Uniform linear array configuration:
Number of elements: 8
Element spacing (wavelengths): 0.25
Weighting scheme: hann
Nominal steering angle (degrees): -30
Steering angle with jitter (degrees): -28.224
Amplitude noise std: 0.05
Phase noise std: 0.05

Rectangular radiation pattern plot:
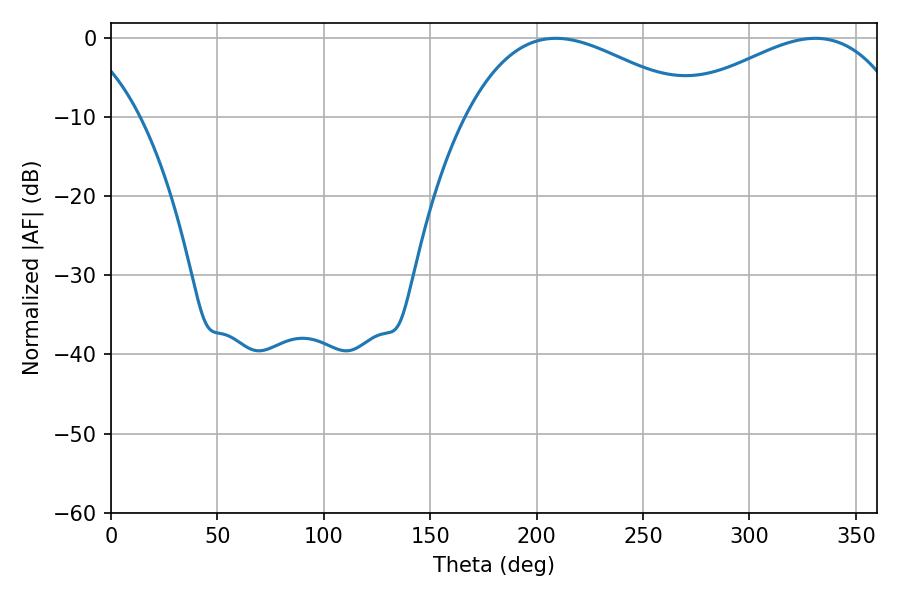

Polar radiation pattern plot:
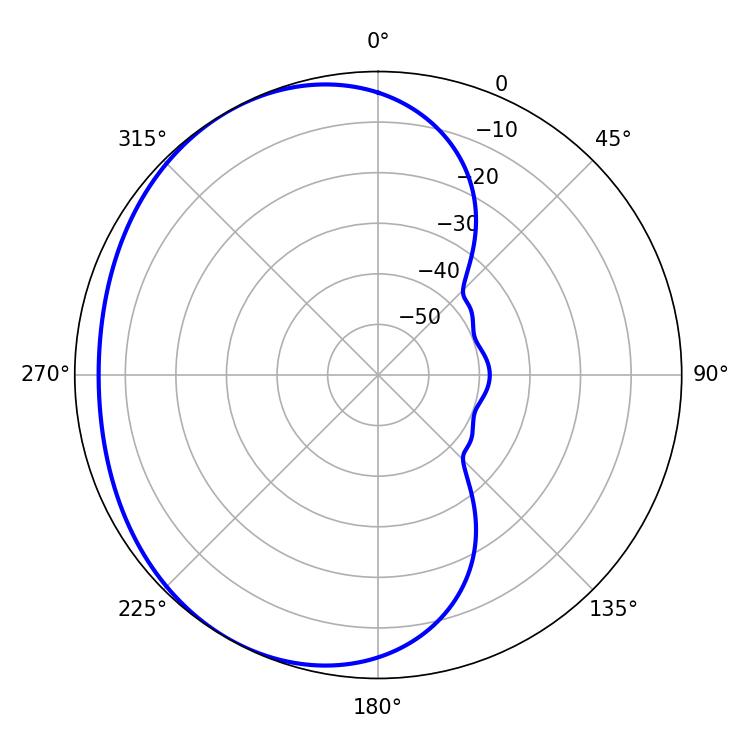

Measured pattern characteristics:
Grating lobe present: FALSE
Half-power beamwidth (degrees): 59.94
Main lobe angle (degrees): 208.98